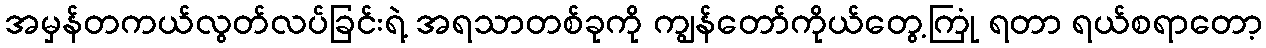
အမှန်တကယ်လွတ်လပ်ခြင်းရဲ့ အရသာတစ်ခုကို ကျွန်တော်ကိုယ်တွေ့ကြုံ ရတာ ရယ်စရာတော့